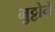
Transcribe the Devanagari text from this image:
भुट्टोने